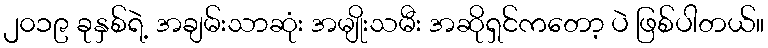
၂၀၁၉ ခုနှစ်ရဲ့ အချမ်းသာဆုံး အမျိုးသမီး အဆိုရှင်ကတော့ ပဲ ဖြစ်ပါတယ်။